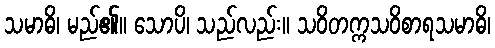
သမာဓိ၊ မည်၏။ သောပိ၊ သည်လည်း။ သဝိတက္ကသဝိစာရသမာဓိ၊